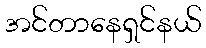
အင်တာနေရှင်နယ်